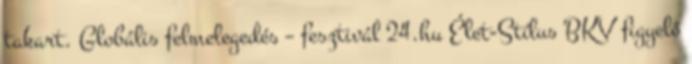
takart. Globális felmelegedés – fesztivál 24.hu Élet-Stílus BKV figyelő